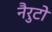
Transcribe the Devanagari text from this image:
नैरुटो